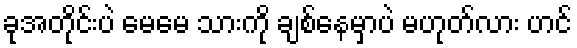
ခုအတိုင်းပဲ မေမေ သားကို ချစ်နေမှာပဲ မဟုတ်လား ဟင်